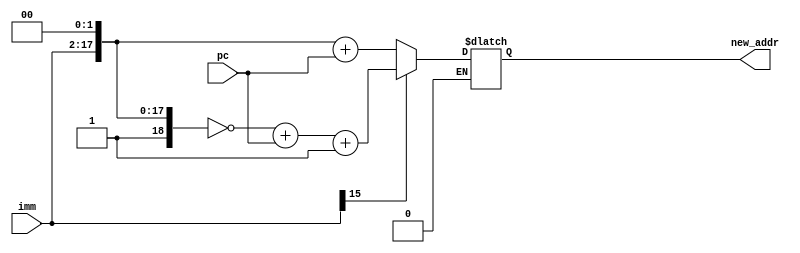
`timescale 1ns / 1ps

module equ_hard(imm,pc,new_addr);
input [15:0] imm;
input [31:0] pc;
output reg [31:0] new_addr;

always @(*) begin
       if(imm[15]==0)
            new_addr = {14'b0,imm,2'b00} + pc;
       else if(imm[15]==1)
            new_addr = ~{14'b1,imm,2'b00} + pc+1;
end
endmodule